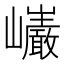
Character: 𭗷